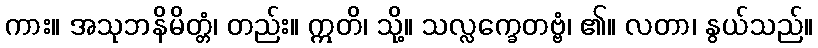
ကား။ အသုဘနိမိတ္တံ၊ တည်း။ ဣတိ၊ သို့။ သလ္လက္ခေတဗ္ဗံ၊ ၏။ လတာ၊ နွယ်သည်။